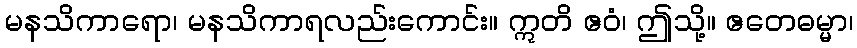
မနသိကာရော၊ မနသိကာရလည်းကောင်း။ ဣတိ ဧဝံ၊ ဤသို့။ ဧတေဓမ္မာ၊